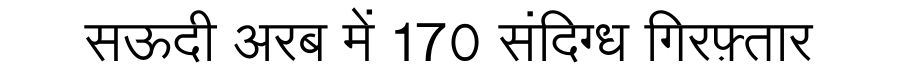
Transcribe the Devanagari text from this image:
सऊदी अरब में 170 संदिग्ध गिरफ़्तार